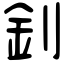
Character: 釗